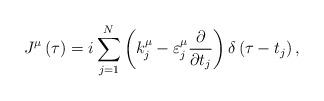
LaTeX: \begin{align*}J^{\mu }\left( \tau \right) =i\sum ^{N}_{j=1}\left( k^{\mu }_{j}-\varepsilon ^{\mu }_{j}\frac{\partial }{\partial t_{j}}\right) \delta \left( \tau -t_{j}\right) ,\end{align*}